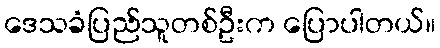
ဒေသခံပြည်သူတစ်ဦးက ပြောပါတယ်။